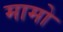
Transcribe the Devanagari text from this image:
मामो